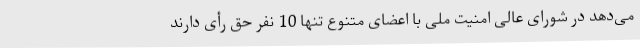
می‌دهد در شورای عالی امنیت ملی با اعضای متنوع تنها 10 نفر حق رأی دارند